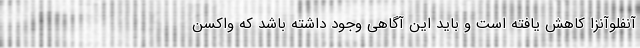
آنفلوآنزا کاهش یافته است و باید این آگاهی وجود داشته باشد که واکسن